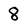
Character: 8